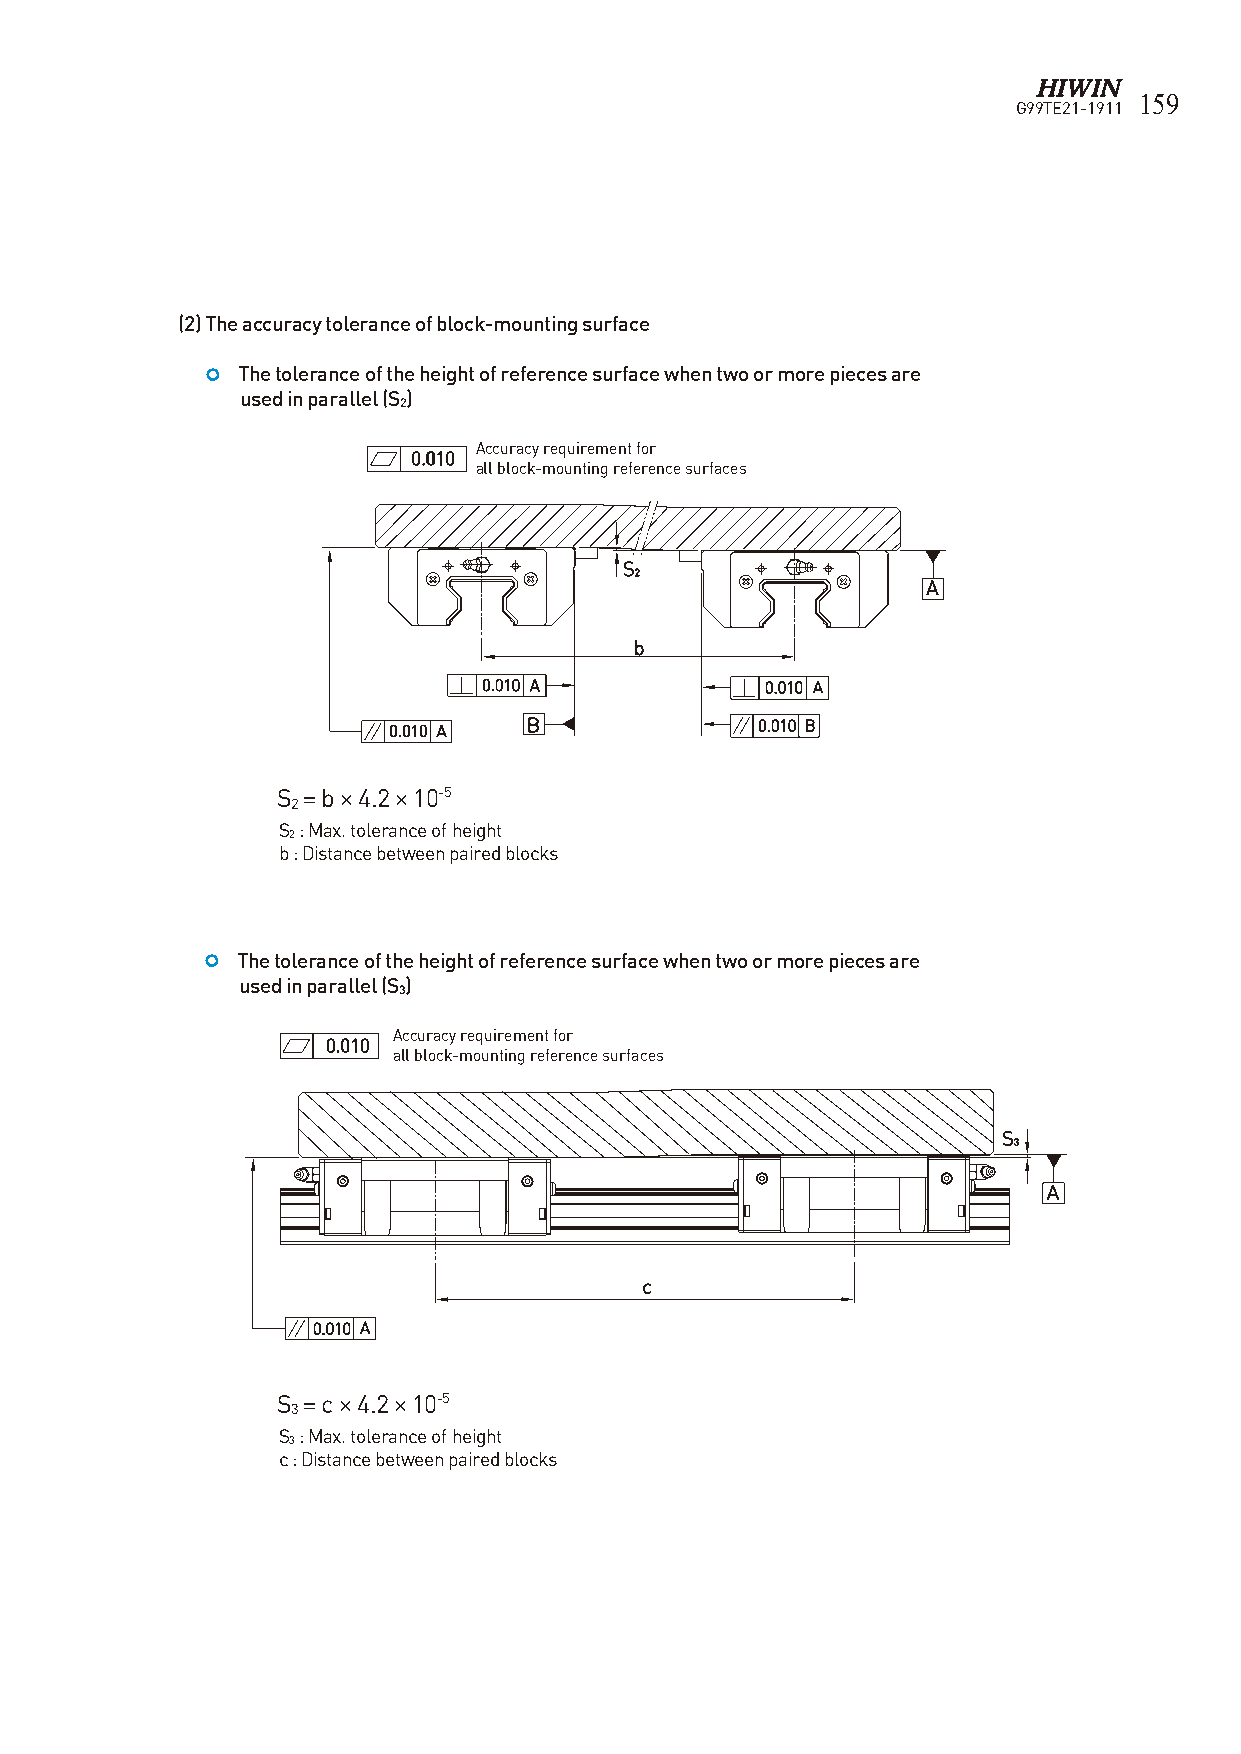
159
 G99TE21-1911
 (2) The accuracy tolerance of block-mounting surface
  The tolerance of the height of reference surface when two or more pieces are
 used in parallel (S)
 2
 Accuracy requirement for
 0.010 所有滑塊承靠面要求
 all block-mounting reference surfaces
 S
 2
 A
 b
 0.010 A            0.010 A
 0.010 A  B              0.010 B
 S = b × 4.2 × 10-5
 2
 S : Max. tolerance of height
 2
 b : Distance between paired blocks
   The tolerance of the height of reference surface when two or more pieces are
 used in parallel (S)
 3
 Accuracy requirement for
 0.010 所有滑塊承靠面要求
 all block-mounting reference surfaces
 S
 3
 A
 c
 0.010 A
 S = c × 4.2 × 10-5
 3
 S : Max. tolerance of height
 3
 c : Distance between paired blocks